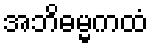
အဘိဓမ္မကထံ